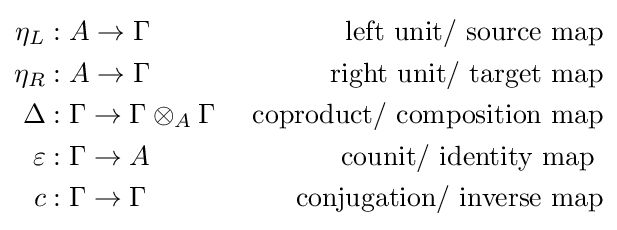
{\begin{aligned}\eta _{L}&:A\to \Gamma &{\text{ left unit/ source map}}\\\eta _{R}&:A\to \Gamma &{\text{ right unit/ target map}}\\\Delta &:\Gamma \to \Gamma \otimes _{A}\Gamma &{\text{ coproduct/ composition map}}\\\varepsilon &:\Gamma \to A&{\text{ counit/ identity map }}\\c&:\Gamma \to \Gamma &{\text{ conjugation/ inverse map}}\end{aligned}}